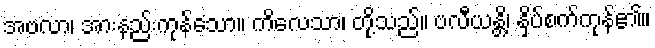
အဗလာ၊ အားနည်းကုန်သော။ ကိလေသာ၊ တို့သည်။ ဗလီယန္တိ၊ နှိပ်စက်ကုန်၏။